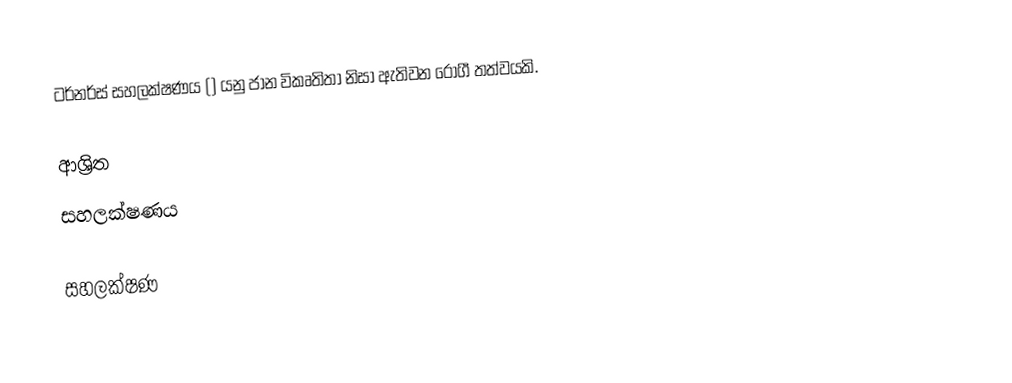
ටර්නර්ස් සහලක්ෂණය () යනු ජාන විකෘතිතා නිසා ඇතිවන රෝගී තත්වයකි.

ආශ්‍රිත
 සහලක්ෂණය

සහලක්ෂණ